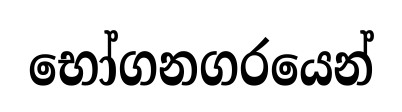
භෝගනගරයෙන්